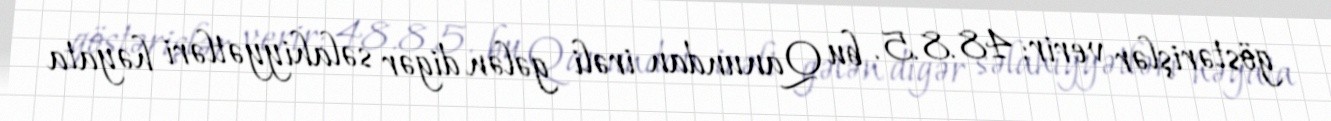
göstərişlər verir; 48.8.5. bu Qanundan irəli gələn digər səlahiyyətləri həyata